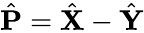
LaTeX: \hat{\mathbf P}=\hat{\mathbf X}-\hat{\mathbf Y}